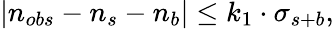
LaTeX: |n_{obs}-n_{s}-n_{b}|\leq k_{1}\cdot\sigma_{s+b},